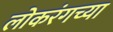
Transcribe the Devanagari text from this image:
लोकरंगच्या